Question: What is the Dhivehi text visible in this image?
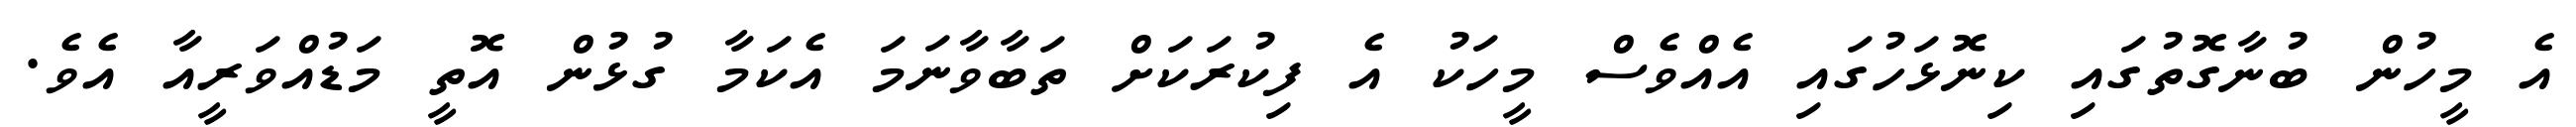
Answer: އެ މީހުން ބުނާގޮތުގައި ކިނޮޅަހުގައި އެއްވެސް މީހަކު އެ ފިކުރަކަށް ތަބާވާނަމަ އެކަމާ ގުޅުން އޮތީ މަޑުއްވަރީއާ އެވެ.